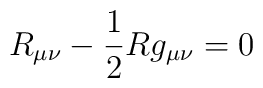
R_{\mu \nu}-\frac{1}{2} R g_{\mu\nu}=0